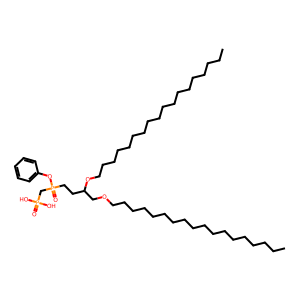
SMILES: CCCCCCCCCCCCCCCCCCOCC(CCP(=O)(CP(=O)(O)O)Oc1ccccc1)OCCCCCCCCCCCCCCCCCC
Inhibits HIV replication: No